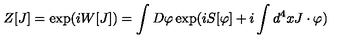
Z [ J ] = \exp ( i W [ J ] ) = \int D \varphi \exp ( i S [ \varphi ] + i \int d ^ { 4 } x J \cdot \varphi )